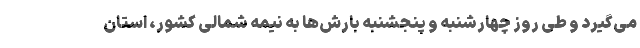
می‌گیرد و طی روز چهارشنبه و پنجشنبه بارش‌ها به نیمه شمالی کشور، استان